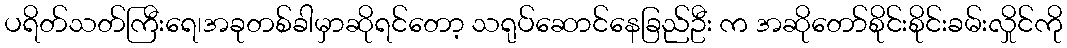
ပရိတ်သတ်ကြီးရေ၊အခုတစ်ခါမှာဆိုရင်တော့ သရုပ်ဆောင်နေခြည်ဦး က အဆိုတော်စိုင်းစိုင်းခမ်းလှိုင်ကို